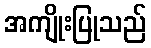
အကျိုးပြုသည်